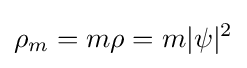
\rho _{m}=m\rho =m|\psi |^{2}